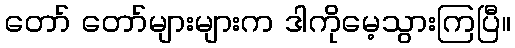
တော် တော်များများက ဒါကိုမေ့သွားကြပြီ။